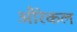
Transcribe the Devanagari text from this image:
औरेकल